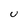
Character: U